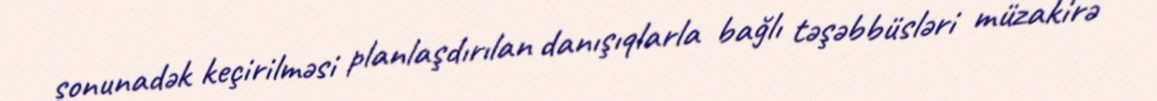
sonunadək keçirilməsi planlaşdırılan danışıqlarla bağlı təşəbbüsləri müzakirə